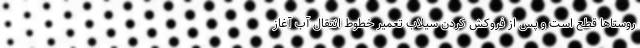
روستاها قطع است و پس از فروکش کردن سیلاب تعمیر خطوط انتقال آب آغاز